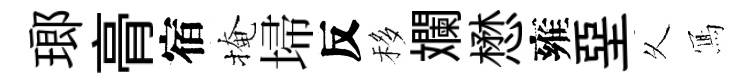
瑯𮌔宿掩埽反移斕懋雍堊乆𭂁